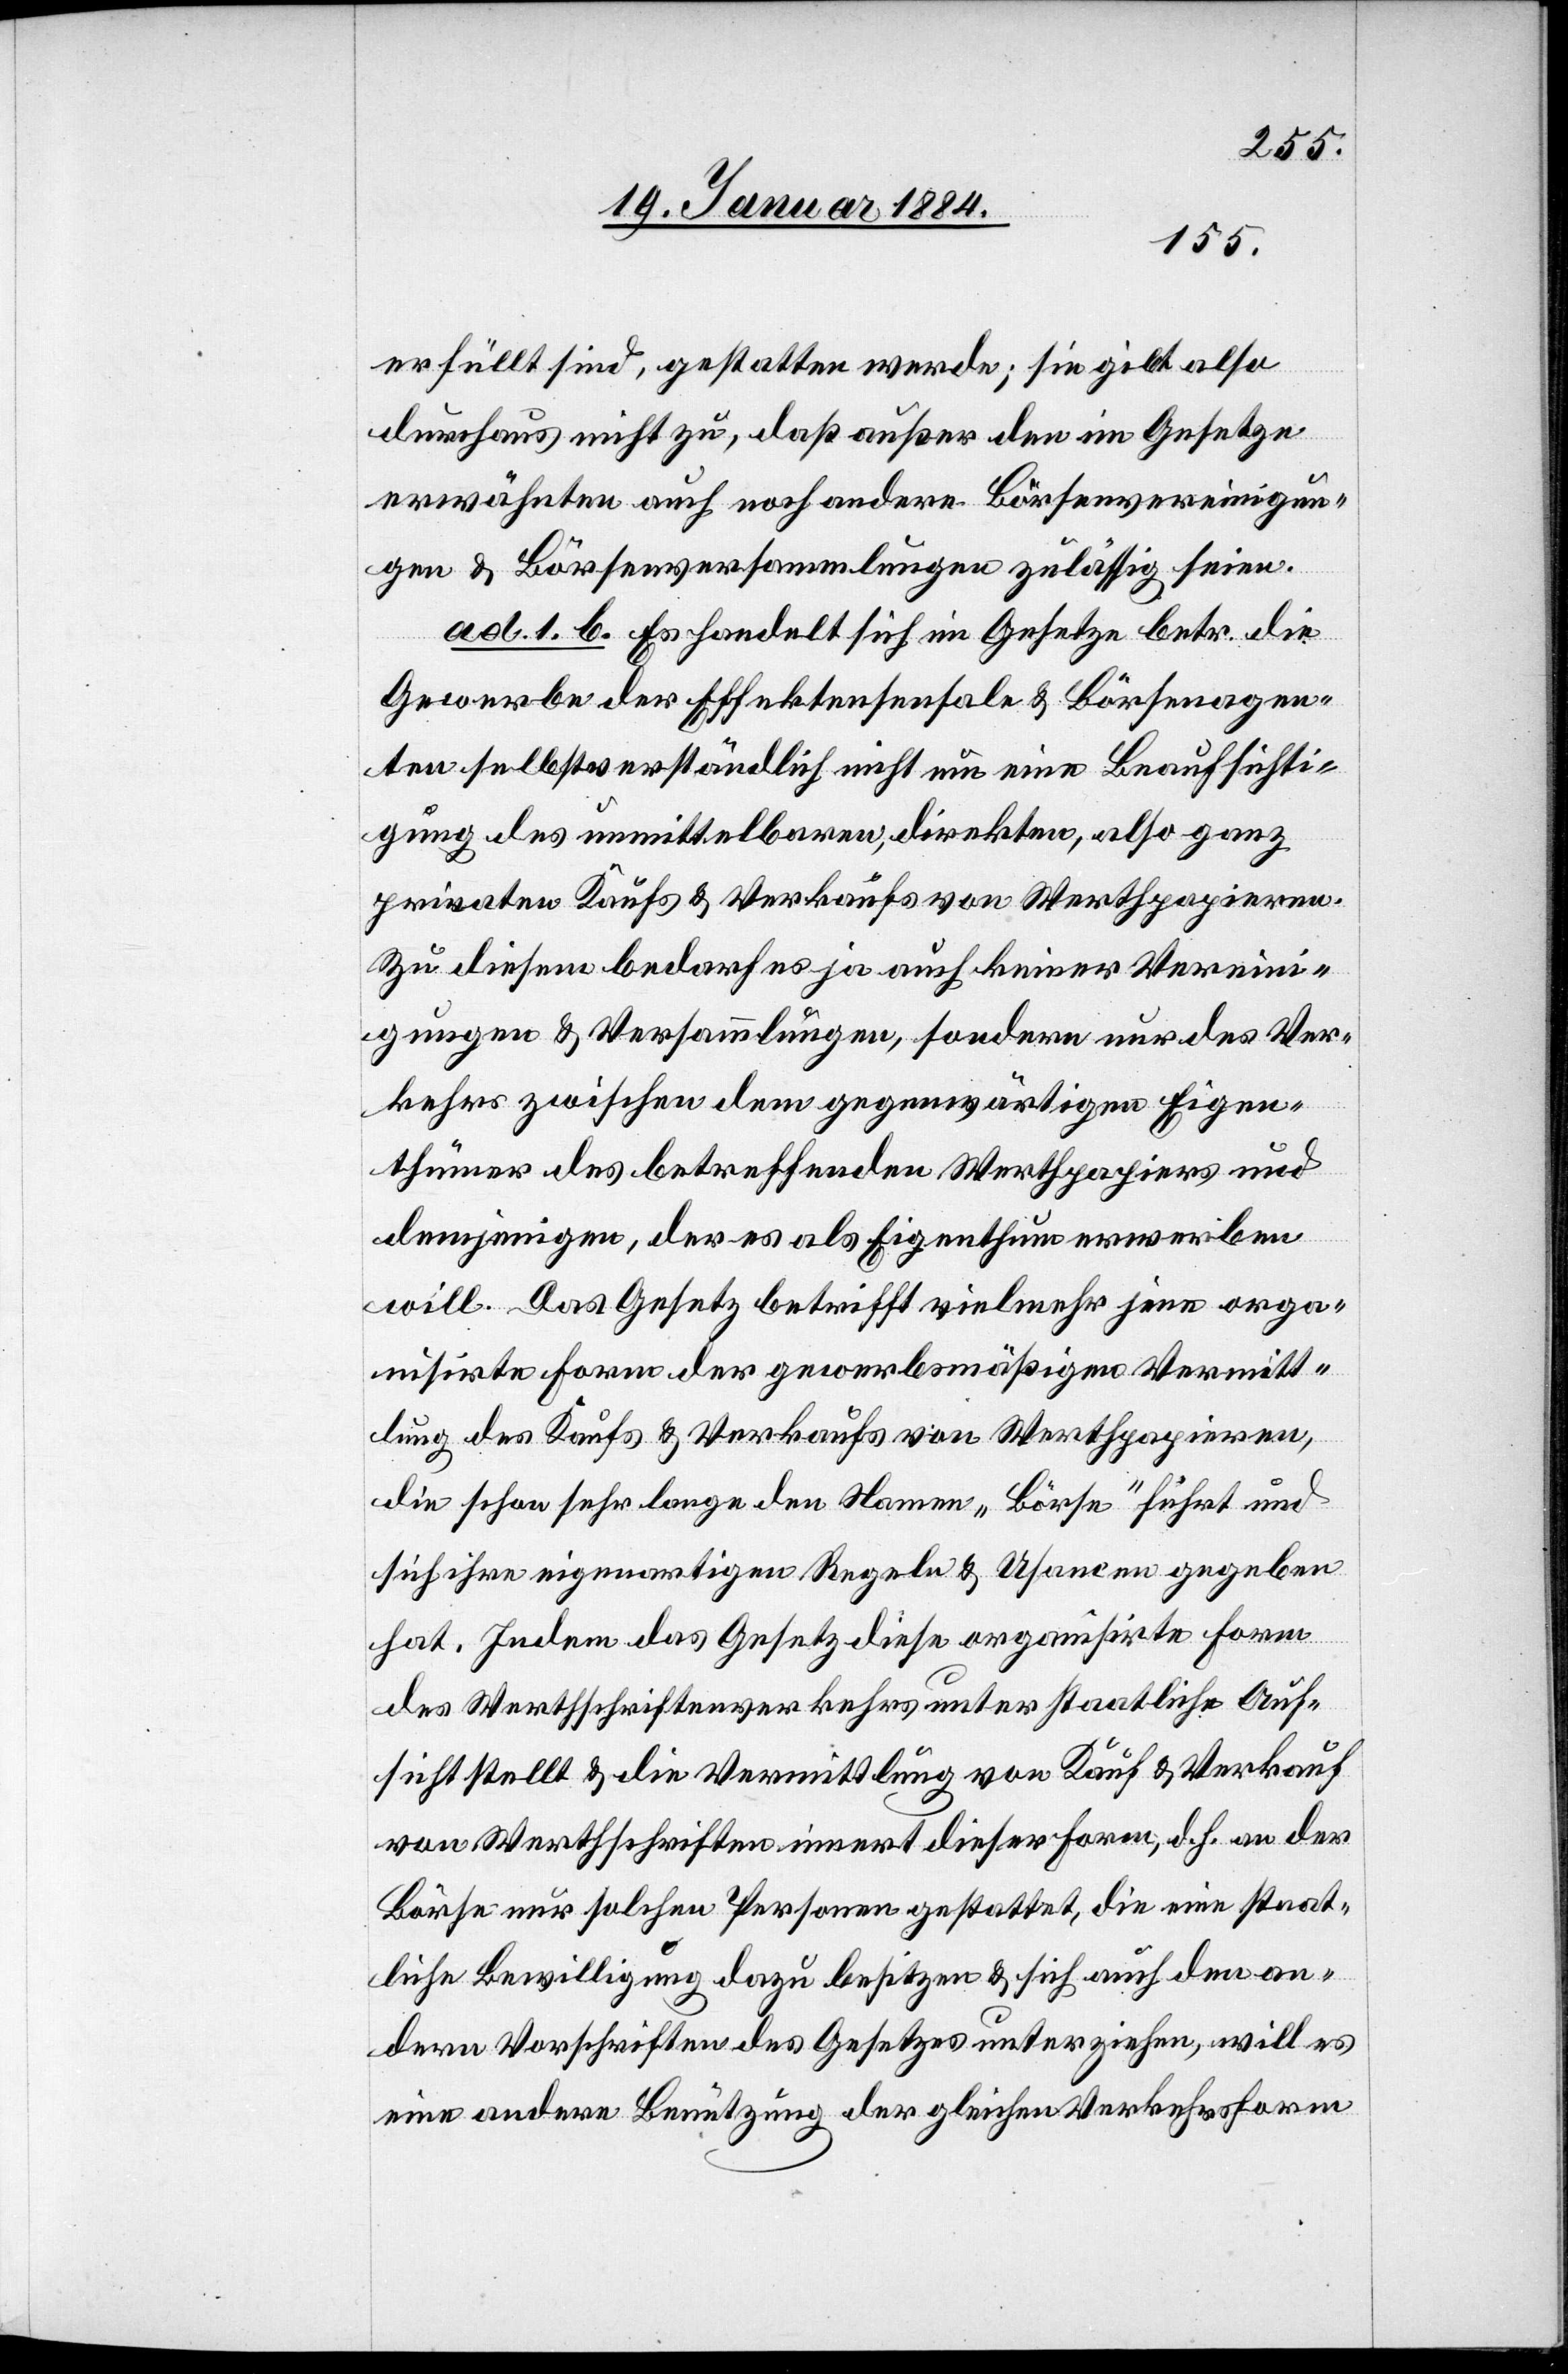
erfüllt sind, gestatten werde; sie gibt also
durchaus nicht zu, daß außer den im Gesetze
erwähnten auch noch andere Börsenvereinigun¬
gen & Börsenversammlungen zulässig seien.
ad. 1. b. Es handelt sich im Gesetze betr. die
Gewerbe der Effektensensale & Börsenagen¬
ten selbstverständlich nicht um eine Beaufsichti¬
gung des unmittelbaren, direkten, also ganz
privaten Kaufs & Verkaufs von Werthpapieren.
Zu diesem bedarf es ja auch keiner Vereini¬
gungen & Versammlungen, sondern nur des Ver¬
kehrs zwischen dem gegenwärtigen Eigen¬
thümer des betreffenden Werthpapiers und
demjenigen, der es als Eigenthum erwerben
will. Das Gesetz betrifft vielmehr jene orga¬
nisierte Form der gewerbsmäßigen Vermitt¬
lung des Kaufs & Verkaufs von Werthpapieren,
die schon sehr lange den Namen „Börse“ führt und
sich ihre eigenartigen Regeln & Usancen gegeben
hat. Indem das Gesetz diese organisierte Form
des Werthschriftenverkehrs unter staatliche Auf¬
sicht stellt & die Vermittlung von Kauf & Verkauf
von Werthschriften innert dieser Form, d. h. an der
Börse nur solchen Personen gestattet, die eine staat¬
liche Bewilligung dazu besitzen & sich auch den an¬
dern Vorschriften des Gesetzes unterziehen, will es
eine andere Benützung der gleichen Verkehrsform